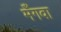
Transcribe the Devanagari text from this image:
मँगवा